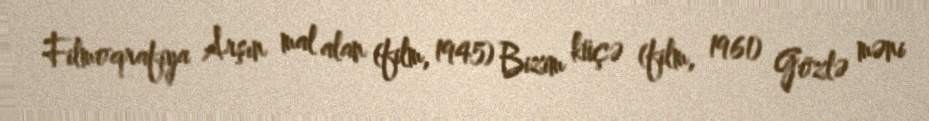
Filmoqrafiya Arşın mal alan (film, 1945) Bizim küçə (film, 1961) Gözlə məni